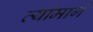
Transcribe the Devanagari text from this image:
त्यांमागे